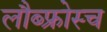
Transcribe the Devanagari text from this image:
लौब्फ्रोस्च